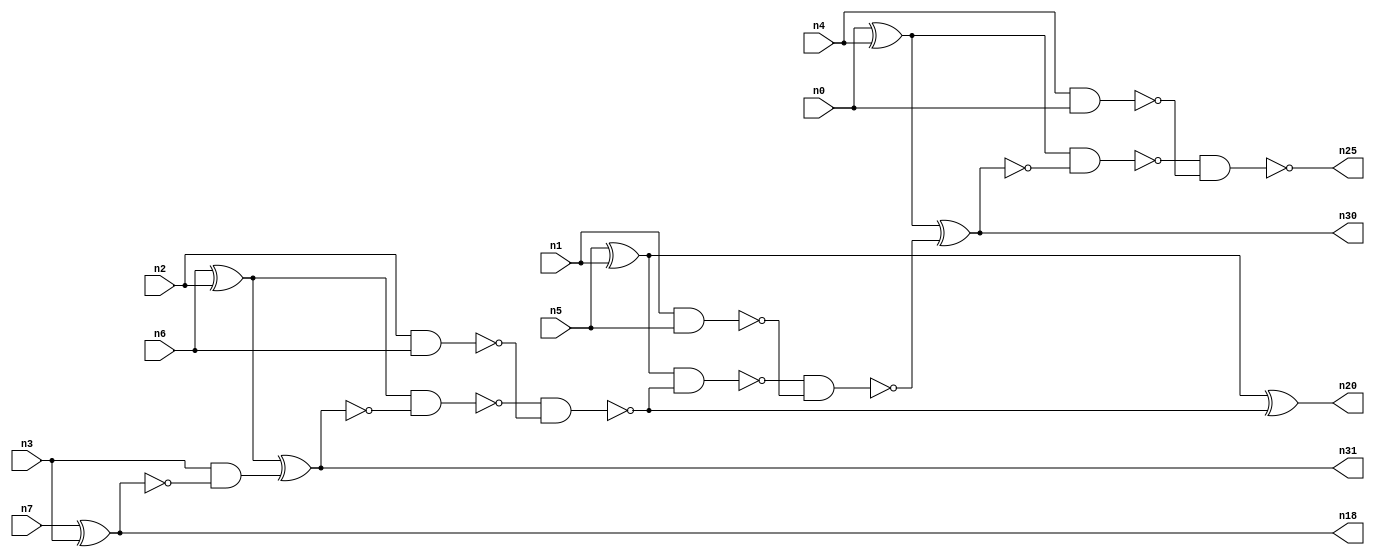
// This file contains a pareto-optimal circuit with respect to area and the fault-resilince parameter p_fault which is defined as:
// "For all input vectors, the ratio of the no. of faults observable at the POs to the no. of total possible faults in the circuit".
// This code is part of the ReCkt library (https://github.com/umar-afzaal/ReCkt) distributed under The MIT License.
// When used, please cite the following article(s):
// U. Afzaal, A.S. Hassan, M. Usman and J.A. Lee, "On the Evolutionary Synthesis of Increased Fault-resilience Arithmetic Circuits".

// p_fault = 91.5 %    (Lower is better)
// gates = 21.0
// levels = 10
// area = 27.64    (For MCNC library relative to nand2)
// power = 109.2 uW    (Berkely-SIS for MCNC library @ Vdd=5V and 20 MHz clock)
// delay = 14.2 ns    (Berkely-ABC for MCNC library)
// PDP = 1.55064e-12 J

// Pin mapping:
// {n0, n1, n2, n3} = A[3:0]
// {n4, n5, n6, n7} = B[3:0]
// {n25, n30, n20, n31, n18} = O[4:0]

module addr4u_area_5 (
n0, n1, n2, n3, n4, n5, n6, n7, 
n25, n30, n20, n31, n18
);

input n0, n1, n2, n3, n4, n5, n6, n7;
output n25, n30, n20, n31, n18;
wire n15, n16, n11, n8, n10, n13, n12, n19, n21, n24, n9, n23, n28, n14, n17, n22;

nand (n8, n2, n6);
xnor (n9, n7, n3);
nand (n10, n1, n5);
nand (n11, n4, n0);
xor (n12, n5, n1);
xor (n13, n0, n4);
xor (n14, n6, n2);
and (n15, n3, n9);
xnor (n16, n14, n15);
nand (n17, n14, n16);
nand (n18, n9, n9);
nand (n19, n17, n8);
xor (n20, n12, n19);
nand (n21, n12, n19);
nand (n22, n21, n10);
xnor (n23, n13, n22);
nand (n24, n13, n23);
nand (n25, n24, n11);
and (n28, n16, n16);
nand (n30, n23, n23);
nand (n31, n16, n28);

endmodule